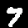
Label: 7